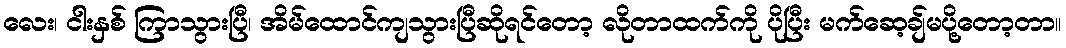
လေး၊ ငါးနှစ် ကြာသွားပြီ၊ အိမ်ထောင်ကျသွားပြီဆိုရင်တော့ လိုတာထက်ကို ပိုပြီး မက်ဆေ့ချ်မပို့တော့တာ။